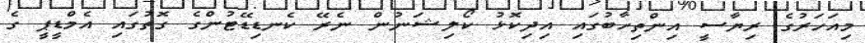
މިއަހަރުގެ ރިޔާސީ އިންތިހާބުގައި އިދިކޮޅު ކޯލިޝަނުން ނެރޭ ކެނޑިޑޭޓުންގެ ގޮތުގައި އެމްޑީޕީ ގެ